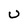
Character: u